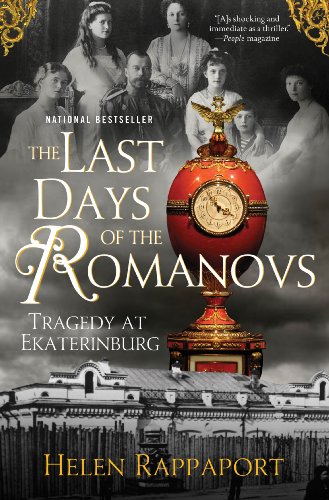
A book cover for The Last Days of the Romanovs: Tragedy at Ekaterinburg; Helen Rappaport; Biographies & Memoirs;